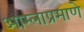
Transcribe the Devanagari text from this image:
आम्लाप्रमाणे